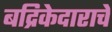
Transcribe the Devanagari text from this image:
बद्रिकेदाराचे